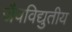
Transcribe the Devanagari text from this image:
जैवविद्युतीय